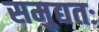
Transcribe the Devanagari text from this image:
समुद्यतः